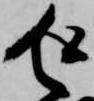
返